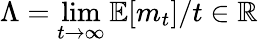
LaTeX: \Lambda=\operatorname*{lim}_{t\to\infty}\mathbb{E}[m_{t}]/t\in\mathbb{R}